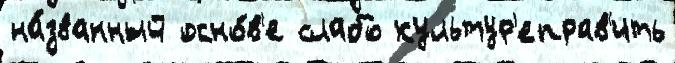
на́званный осно́в'е слабо культур'еправ'ить